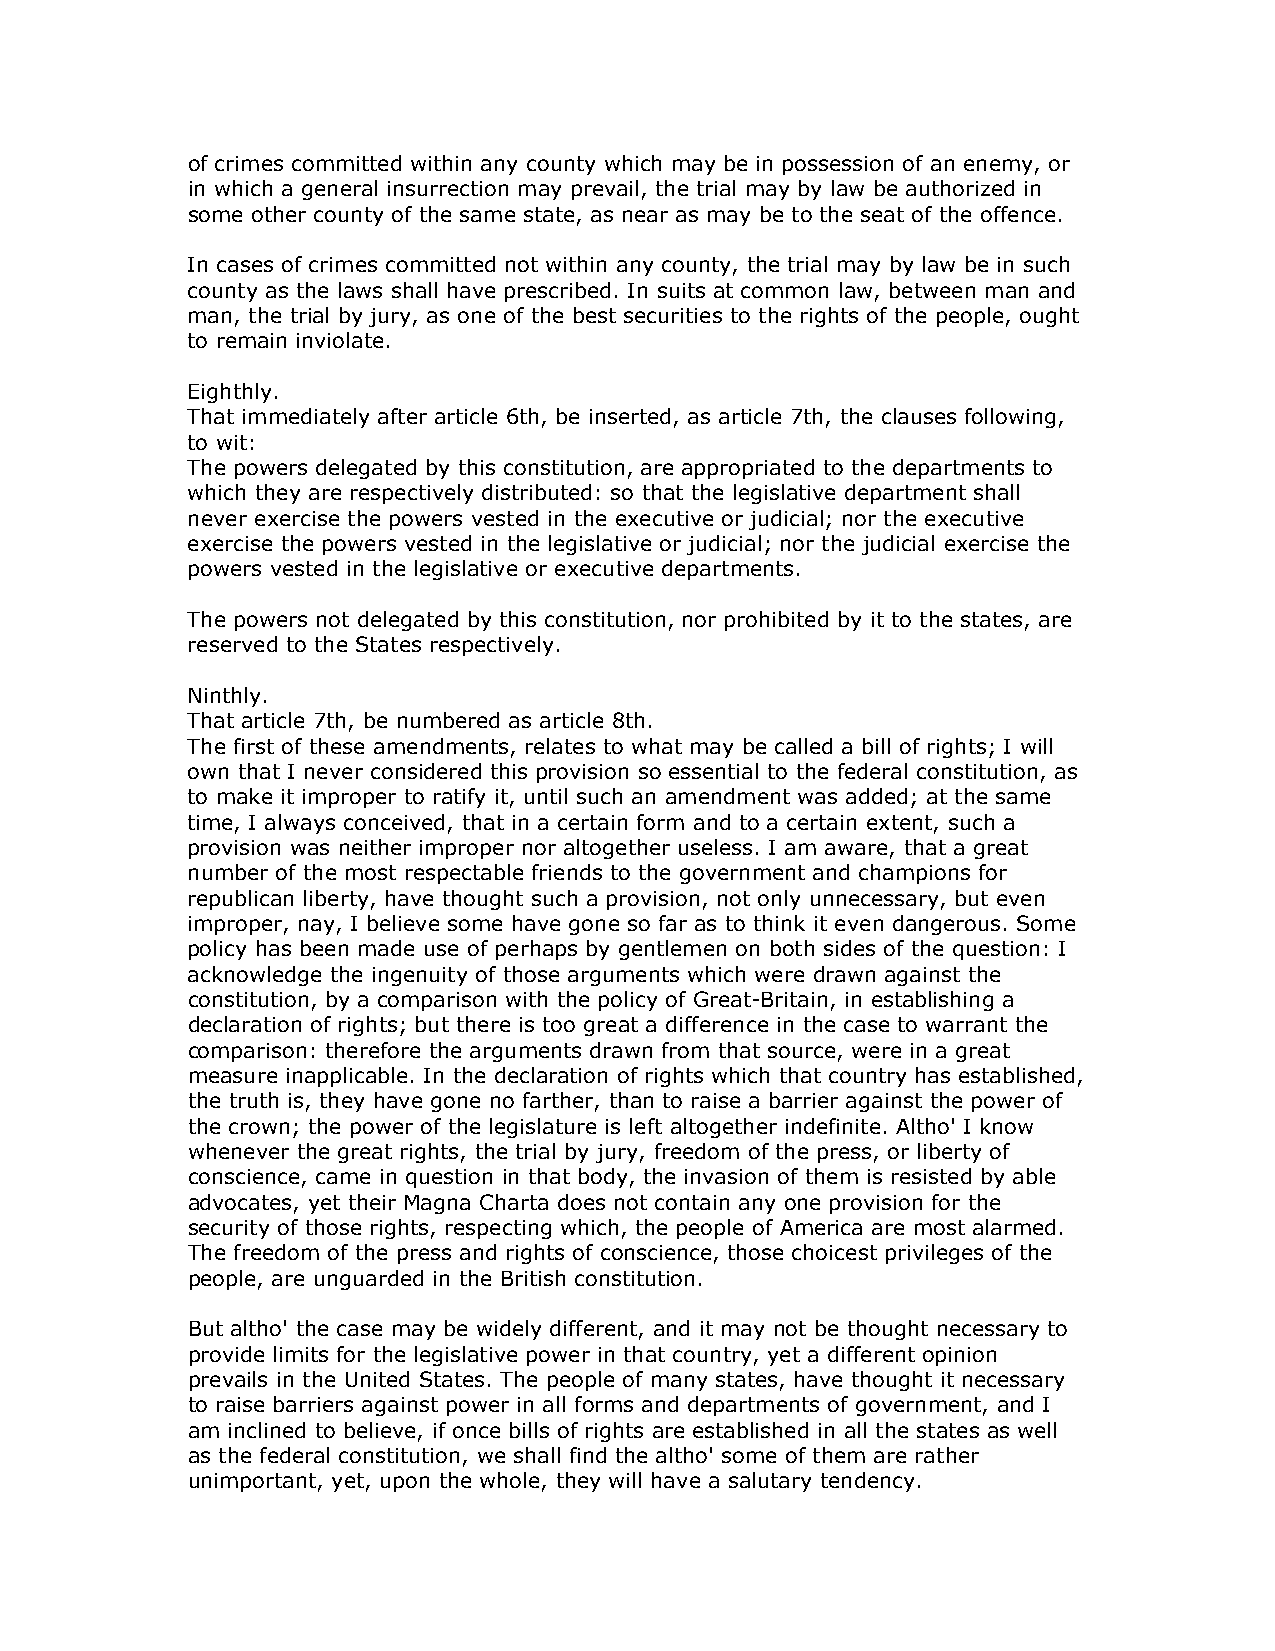
of crimes committed within any county which may be in possession of an enemy, or
 in which a general insurrection may prevail, the trial may by law be authorized in
 some other county of the same state, as near as may be to the seat of the offence.
 In cases of crimes committed not within any county, the trial may by law be in such
 county as the laws shall have prescribed. In suits at common law, between man and
 man, the trial by jury, as one of the best securities to the rights of the people, ought
 to remain inviolate.
 Eighthly.
 That immediately after article 6th, be inserted, as article 7th, the clauses following,
 to wit:
 The powers delegated by this constitution, are appropriated to the departments to
 which they are respectively distributed: so that the legislative department shall
 never exercise the powers vested in the executive or judicial; nor the executive
 exercise the powers vested in the legislative or judicial; nor the judicial exercise the
 powers vested in the legislative or executive departments.
 The powers not delegated by this constitution, nor prohibited by it to the states, are
 reserved to the States respectively.
 Ninthly.
 That article 7th, be numbered as article 8th.
 The first of these amendments, relates to what may be called a bill of rights; I will
 own that I never considered this provision so essential to the federal constitution, as
 to make it improper to ratify it, until such an amendment was added; at the same
 time, I always conceived, that in a certain form and to a certain extent, such a
 provision was neither improper nor altogether useless. I am aware, that a great
 number of the most respectable friends to the government and champions for
 republican liberty, have thought such a provision, not only unnecessary, but even
 improper, nay, I believe some have gone so far as to think it even dangerous. Some
 policy has been made use of perhaps by gentlemen on both sides of the question: I
 acknowledge the ingenuity of those arguments which were drawn against the
 constitution, by a comparison with the policy of Great-Britain, in establishing a
 declaration of rights; but there is too great a difference in the case to warrant the
 comparison: therefore the arguments drawn from that source, were in a great
 measure inapplicable. In the declaration of rights which that country has established,
 the truth is, they have gone no farther, than to raise a barrier against the power of
 the crown; the power of the legislature is left altogether indefinite. Altho' I know
 whenever the great rights, the trial by jury, freedom of the press, or liberty of
 conscience, came in question in that body, the invasion of them is resisted by able
 advocates, yet their Magna Charta does not contain any one provision for the
 security of those rights, respecting which, the people of America are most alarmed.
 The freedom of the press and rights of conscience, those choicest privileges of the
 people, are unguarded in the British constitution.
 But altho' the case may be widely different, and it may not be thought necessary to
 provide limits for the legislative power in that country, yet a different opinion
 prevails in the United States. The people of many states, have thought it necessary
 to raise barriers against power in all forms and departments of government, and I
 am inclined to believe, if once bills of rights are established in all the states as well
 as the federal constitution, we shall find the altho' some of them are rather
 unimportant, yet, upon the whole, they will have a salutary tendency.